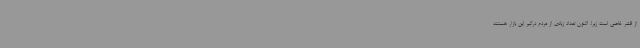
از قشر خاصی است زیرا، اکنون تعداد زیادی از مردم درگیر این بازار هستند